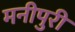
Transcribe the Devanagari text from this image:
मनीपुरी